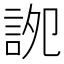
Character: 䛄